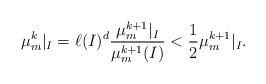
LaTeX: \begin{align*}\mu_{m}^{k}|_{I}= \ell(I)^{d} \frac{\mu_{m}^{k+1}|_{I}}{\mu_{m}^{k+1}(I)} <\frac{1}{2} \mu_{m}^{k+1}|_{I}.\end{align*}